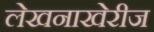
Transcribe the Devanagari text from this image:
लेखनाखेरीज